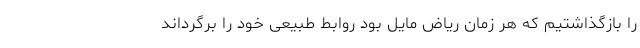
را بازگذاشتیم که هر زمان ریاض مایل بود روابط طبیعی خود را برگرداند